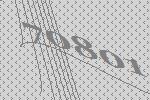
70801